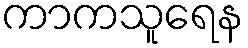
ကာကသူရေန